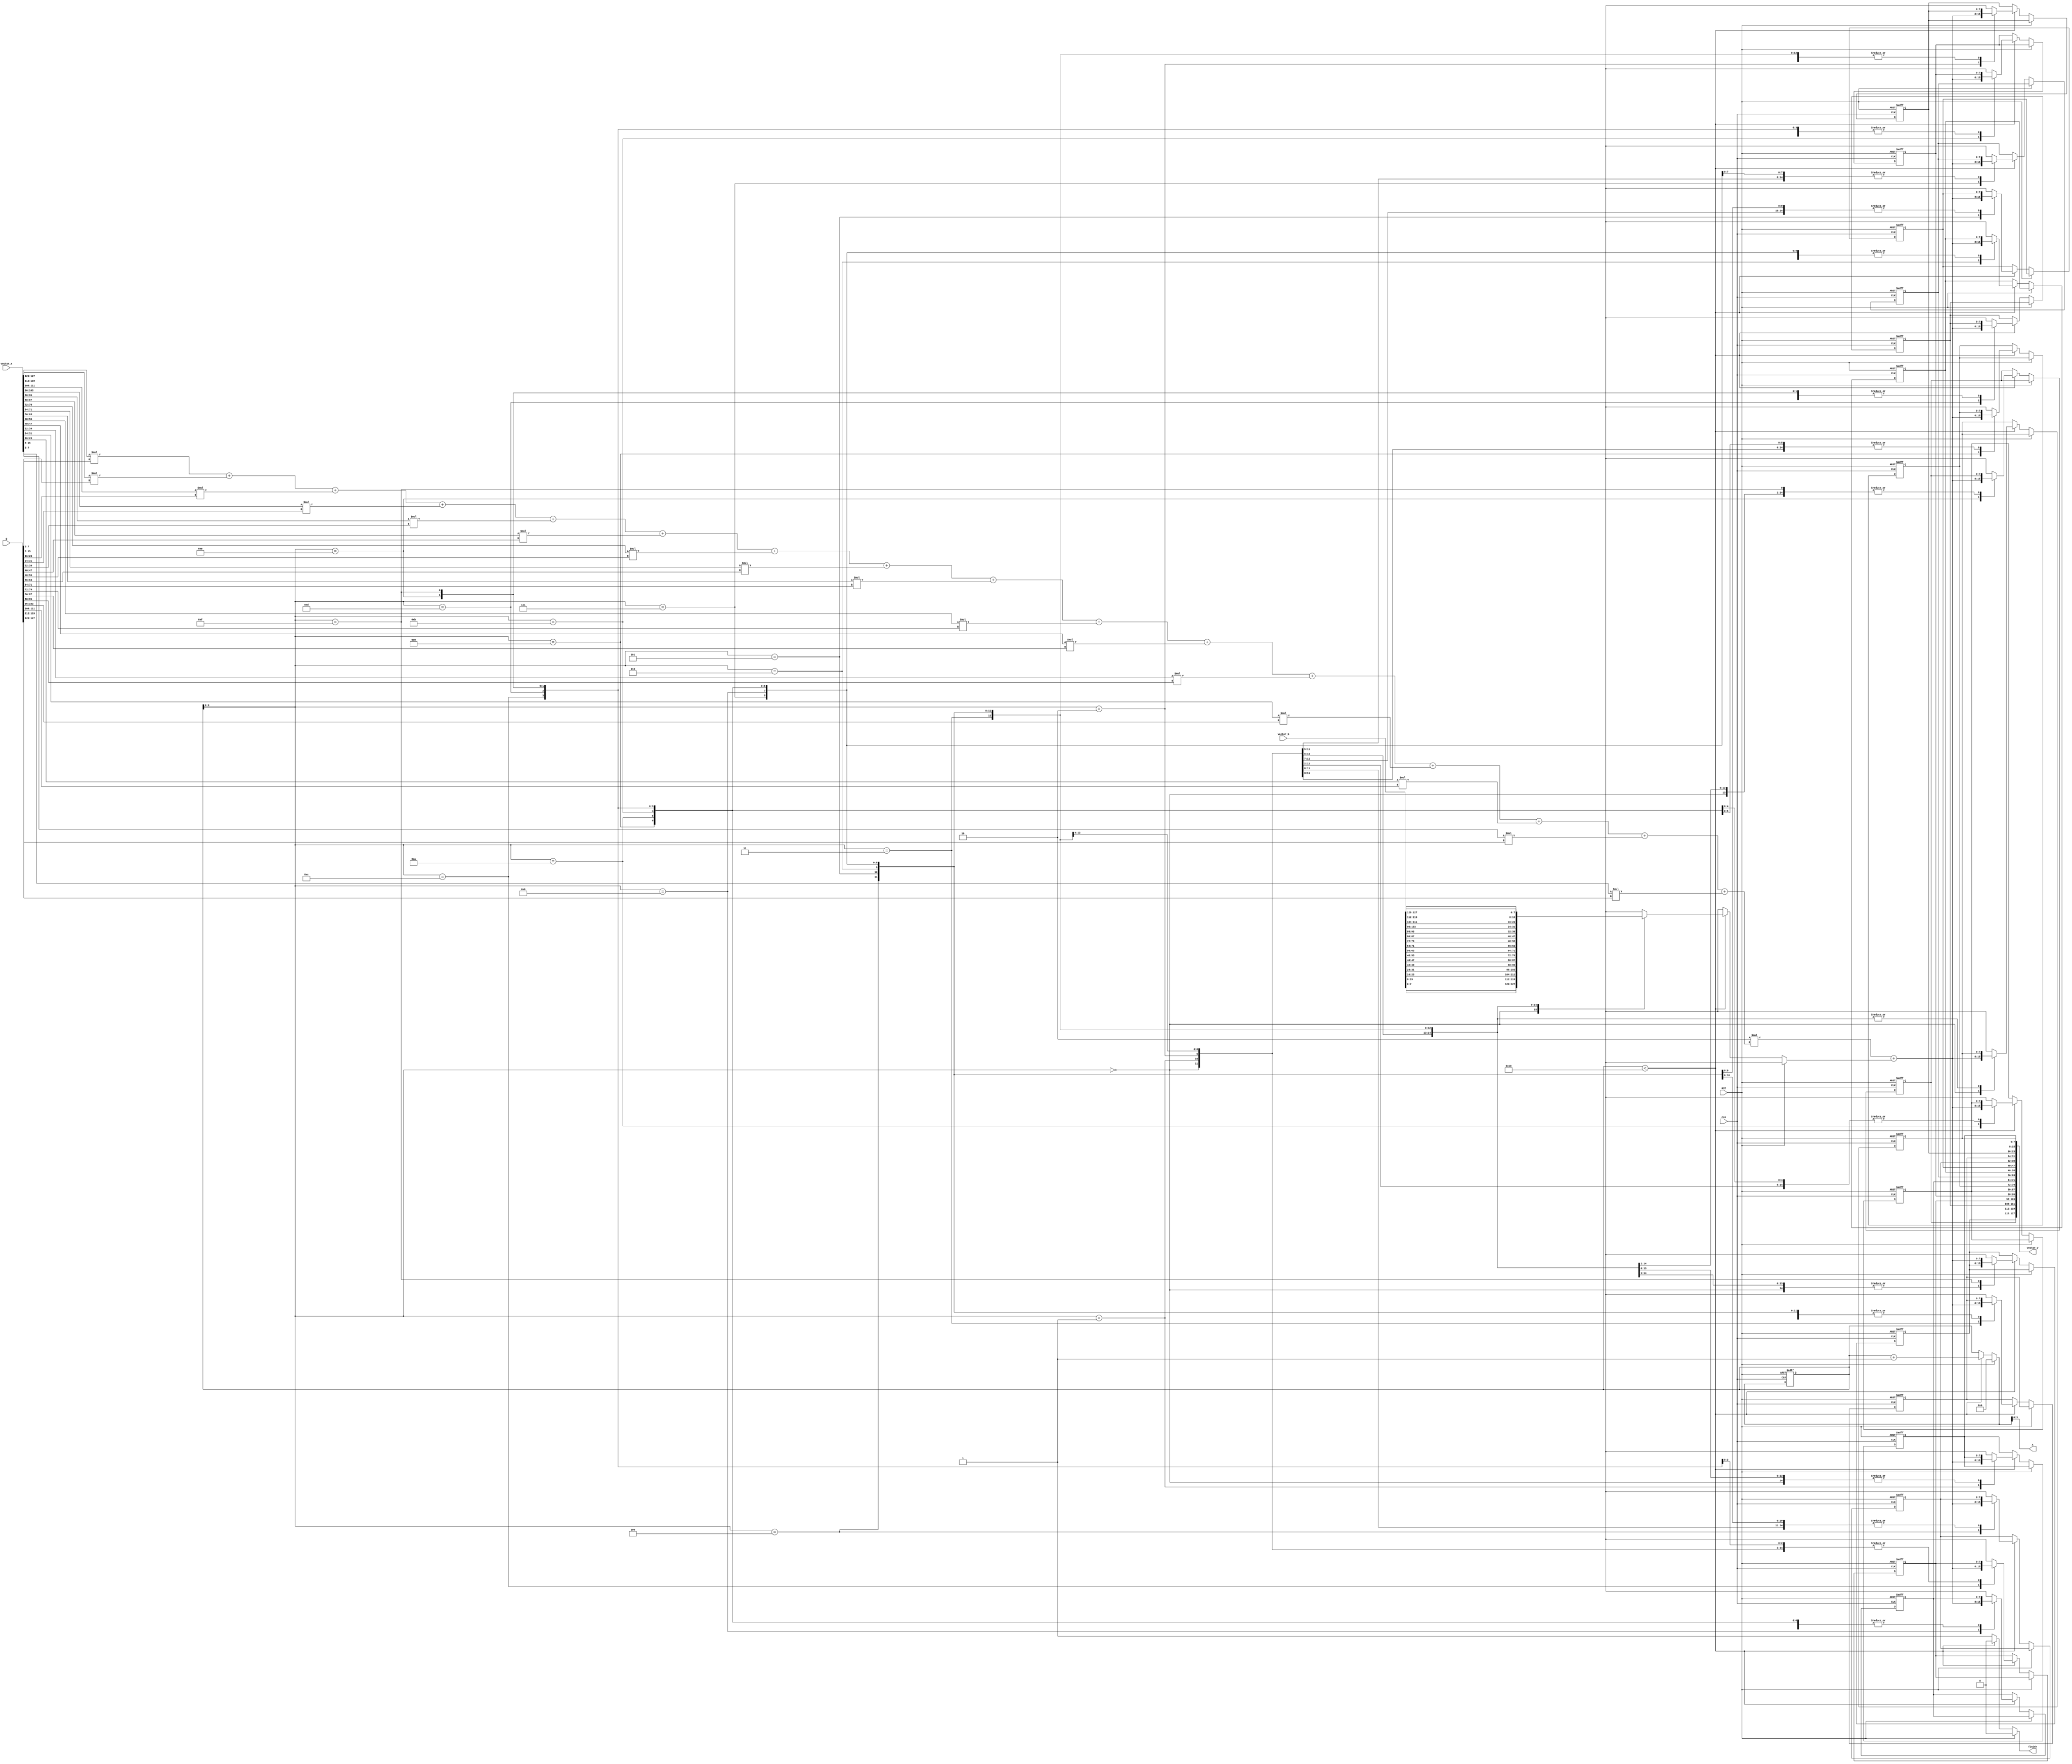
module matvecmult(
    CLK,
    RST,
    vector_x,
    vector_b,
    vector_y,
    Q,
    A,
    finish
);

input               CLK;
input               RST;
input       [127:0]	vector_x;
input       [127:0]	vector_b;
output  reg [127:0]	vector_y;
input       [127:0]	Q;
output  reg [3:0]   A;
output  reg         finish;

// declaration
integer i;
reg [7:0] y_r [15:0];
reg [7:0] y_w [15:0];
reg [7:0] temp;

reg [7:0] x [0:15], b [0:15], w [0:15];
reg [7:0] counter_w, counter_r;

always @(*) begin
    // for convenient
    for(i=0;i<16;i=i+1) begin
        x[i] = vector_x[8*i+:8];
    end
    
    for(i=0;i<16;i=i+1) begin
        b[i] = vector_b[8*i+:8];
    end

    for(i=0;i<16;i=i+1) begin
        w[i] = Q[8*i+:8];
    end

    for(i=0;i<16;i=i+1) begin
        y_w[i] = y_r[i];
    end

    temp = 
        x[15] * w[0] +
        x[14] * w[1] +
        x[13] * w[2] +
        x[12] * w[3] +
        x[11] * w[4] +
        x[10] * w[5] +
        x[9] * w[6] +
        x[8] * w[7] +
        x[7] * w[8] +
        x[6] * w[9] +
        x[5] * w[10] +
        x[4] * w[11] +
        x[3] * w[12] +
        x[2] * w[13] +
        x[1] * w[14] +
        x[0] * w[15];
    
    counter_w = counter_r;
    finish = 1'b0;
    
    if (RST) begin
        counter_w = 1'b0;
        // output
        finish = 1'b0;
    end
    else if (counter_r < 8'd16) begin
        counter_w = counter_r + 1'b1;
        y_w[counter_r] = 2 * temp + b[counter_r];
    end
    else begin
        // output
        finish = 1'b1;
    end

    // output
    A = counter_w;
    vector_y = {y_r[15], y_r[14], y_r[13], y_r[12], y_r[11], y_r[10], y_r[9], y_r[8], y_r[7], y_r[6], y_r[5], y_r[4], y_r[3], y_r[2], y_r[1], y_r[0]};
end


always @(posedge CLK or posedge RST) begin
    if (RST) begin
        // reset
        counter_r <= 1'b0;

        for(i=0;i<16;i=i+1) begin
            y_r[i] <= 1'b0;
        end
    end
    else begin
        counter_r <= counter_w;
        for(i=0;i<16;i=i+1) begin
            y_r[i] <= y_w[i];
        end
    end
end

endmodule